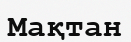
Мақтан